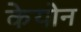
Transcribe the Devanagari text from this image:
केयोन